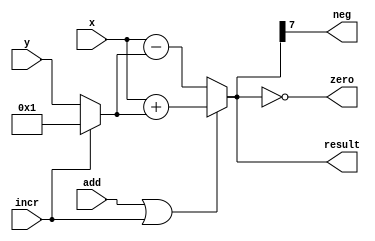
module alu(
   input add,incr,
   input [7:0] 	x, y,
   output [7:0] result,
   output 	neg, zero
);

   wire [7:0] 	z;
   
   assign z = (incr) ? 8'h1 : y;
   assign result = (add|incr) ? x + z : x - z;
   assign neg = result[7];
   assign zero = result == 8'h00;
   
endmodule